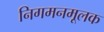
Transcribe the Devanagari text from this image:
निगमनमूलक